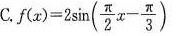
C,f(x)=2 \sin ( \frac{ \pi }{2}x- \frac{ \pi }{3})$$ $$